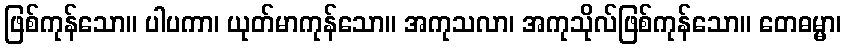
ဖြစ်ကုန်သော။ ပါပကာ၊ ယုတ်မာကုန်သော။ အကုသလာ၊ အကုသိုလ်ဖြစ်ကုန်သော။ တေဓမ္မာ၊